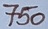
Text: 750